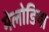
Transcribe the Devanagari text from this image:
मेलोडिया